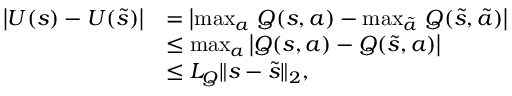
\begin{array} { r l } { \bigl | U ( s ) - U ( \tilde { s } ) \bigr | } & { = \bigl | \operatorname* { m a x } _ { a } \, Q ( s , a ) - \operatorname* { m a x } _ { \tilde { a } } \, Q ( \tilde { s } , \tilde { a } ) \bigr | } \\ & { \leq \operatorname* { m a x } _ { a } \, \bigl | Q ( s , a ) - Q ( \tilde { s } , a ) \bigr | } \\ & { \leq L _ { Q } \| s - \tilde { s } \| _ { 2 } , } \end{array}